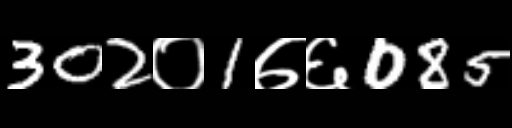
Text: 302०1७६085